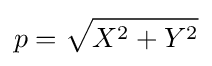
p={\sqrt {X^{2}+Y^{2}}}